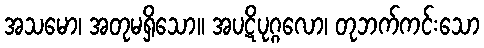
အသမော၊ အတုမရှိသော။ အပဋိပုဂ္ဂလော၊ တုဘက်ကင်းသော